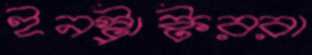
ইনস্ট্রাক্টররা